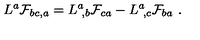
L ^ { a } { \cal F } _ { b c , a } = L ^ { a } \! _ { , b } { \cal F } _ { c a } - L ^ { a } \! _ { , c } { \cal F } _ { b a } \ .